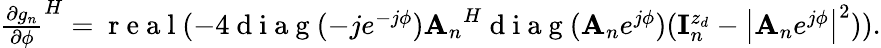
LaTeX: \begin{array}{r}{{\frac{\partial g_{n}}{\partial\phi}}^{H}=\mathrm{~r~e~a~l~}(-4\mathrm{~d~i~a~g~}(-je^{-j\phi}){{\mathbf A}_{n}}^{H}\mathrm{~d~i~a~g~}({{\mathbf A}_{n}}e^{j\phi})({\mathbf{I}}_{n}^{z_{d}}-\left|{{\mathbf A}_{n}}e^{j\phi}\right|^{2})).}\end{array}